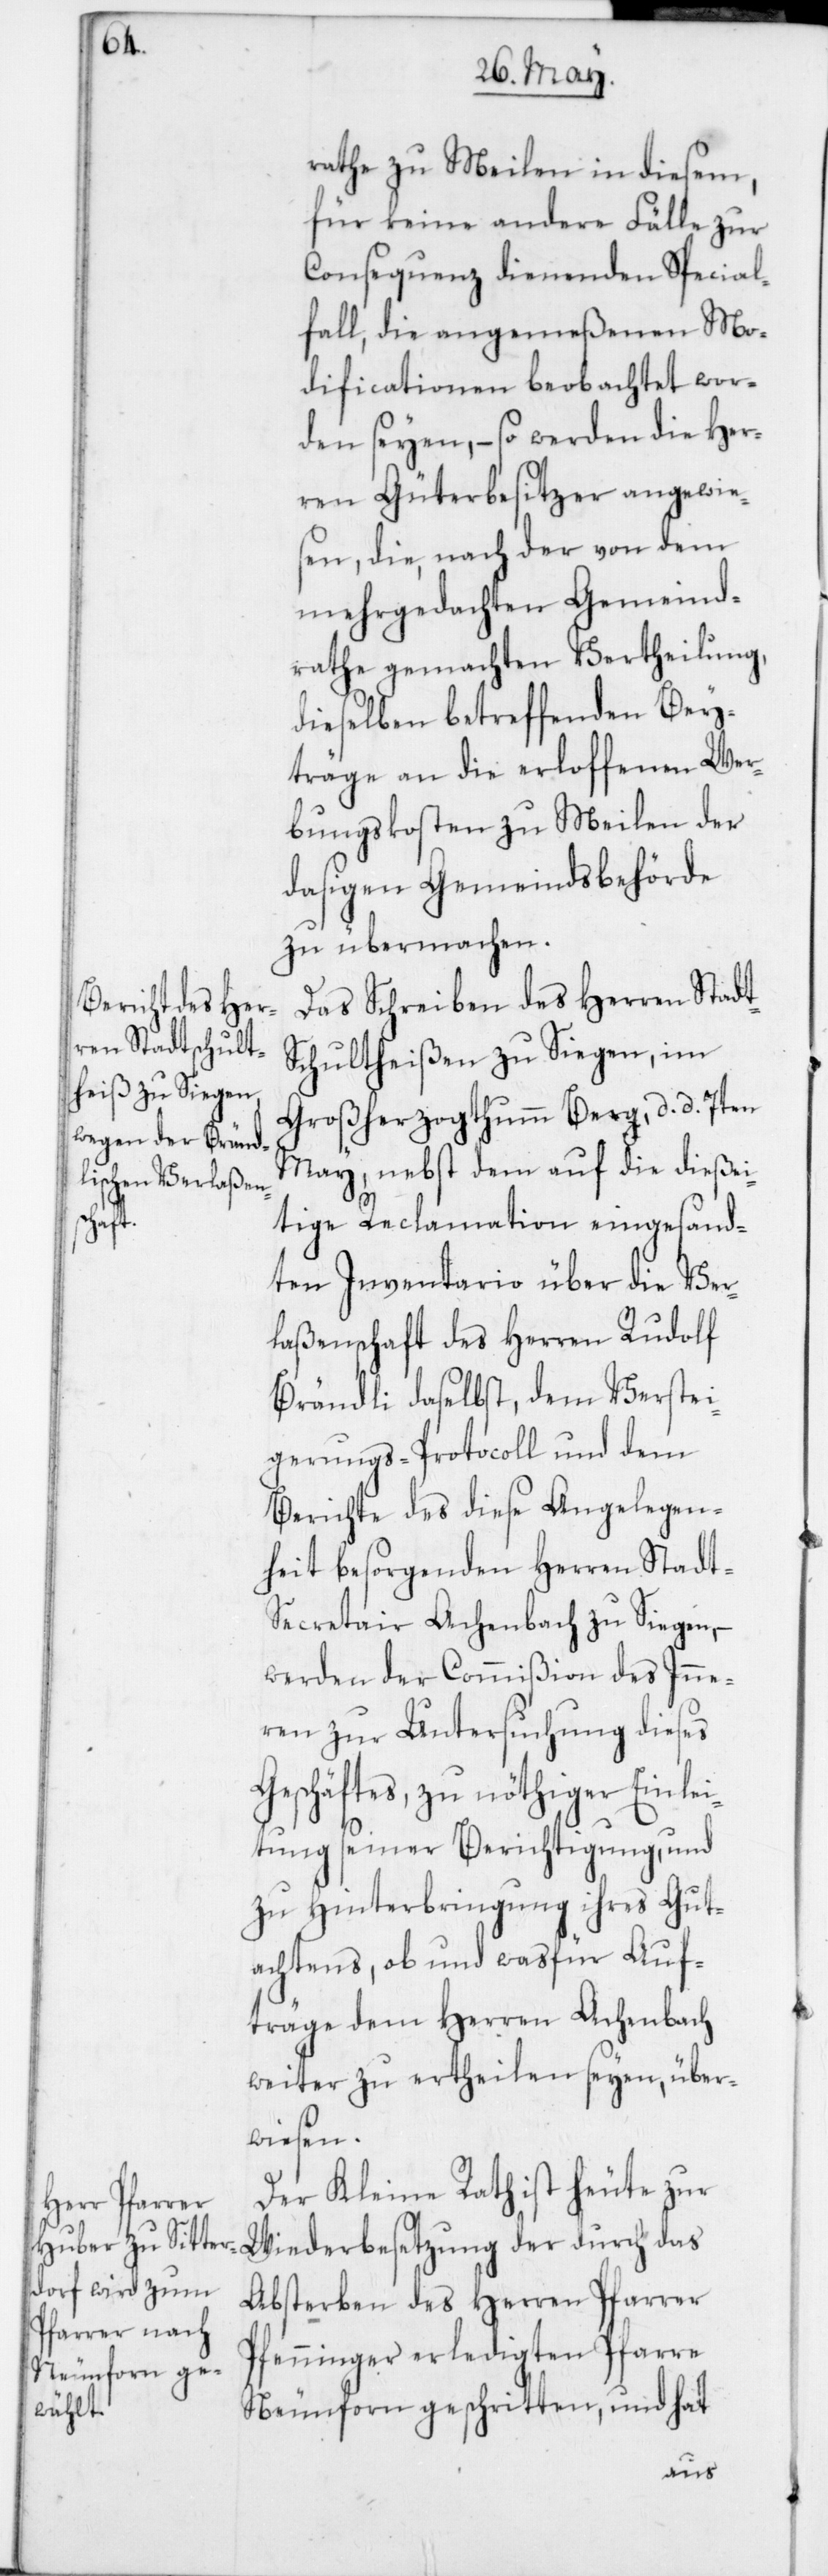
rathe zu Meilen in diesem,
für keine andere Fälle zur
Consequenz dienenden Special¬
fall, die angemeßenen Mo¬
dificationen beobachtet wor¬
den seyen, – so werden die Her¬
ren Güterbesitzer angewies¬
en, die nach der von dem
mehrgedachten Gemeind¬
rathe gemachten Vertheilung,
dieselben betreffenden Bey¬
träge an die erloffenen Wer¬
bungskosten zu Meilen der
dasigen Gemeindsbehörde
zu übermachen.
Das Schreiben des Herren Stadt¬
schultheißen zu Siegen, im
Großherzogthumm Berg, d. d. 7ten
May, nebst dem auf die dießei¬
tige Reclamation eingesand¬
ten Inventario über die Ver¬
laßenschaft des Herren Rudolf
Brändli daselbst, dem Verstei¬
gerungs-Protocoll und dem
Berichte des diese Angelegen¬
heit besorgenden Herren Stadt-S¬
ecretair Achenbach zu Siegen, –
werden der Commißion des Inne¬
ren zur Untersuchung dieses
Geschäftes, zu nöthiger Einlei¬
tung seiner Berichtigung, und
zu Hinterbringung ihres Gut¬
achtens, ob und wasfür Auf¬
träge dem Herren Achenbach
weiter zu ertheilen seyen, über¬
wiesen.
Der Kleine Rath ist heute zur
Wiederbesetzung der durch das
Absterben des Herren Pfarrer
Pfenninger erledigten Pfarre
Neunforn geschritten, und hat